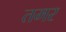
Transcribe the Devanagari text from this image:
तमर